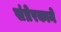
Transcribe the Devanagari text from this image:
संप्रेरकाने